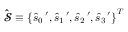
{ \bf \widehat { \mathbfcal { S } } } \equiv \left\{ \widehat { s } _ { 0 } \, ^ { \prime } , \widehat { s } _ { 1 } \, ^ { \prime } , \widehat { s } _ { 2 } \, ^ { \prime } , \widehat { s } _ { 3 } \, ^ { \prime } \right\} ^ { T }